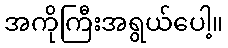
အကိုကြီးအရွယ်ပေါ့။